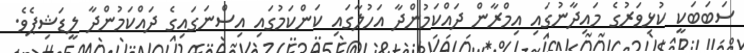
ސަބަބަކީ ކުޅިވަރުގެ މައިދާނުގައި އިމްރާން ދައްކަމުންދާ އަހުލާގައި ކަންކަމުގައި އިސްނަގައިގެ ދައްކަމުންދާ ލީޑަޝިޕެވެ.